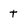
Character: t